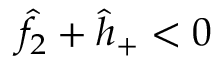
\hat { f } _ { 2 } + \hat { h } _ { + } < 0